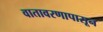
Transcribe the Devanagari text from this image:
वातावरणापासून